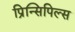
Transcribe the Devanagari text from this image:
प्रिन्सिपिल्स